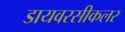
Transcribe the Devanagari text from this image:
डायवरसीकलर